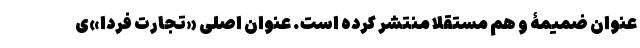
عنوان ضمیمۀ و هم مستقلاً منتشر کرده است. عنوان اصلی «تجارت فردا»ی